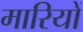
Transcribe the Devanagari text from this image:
मारियों